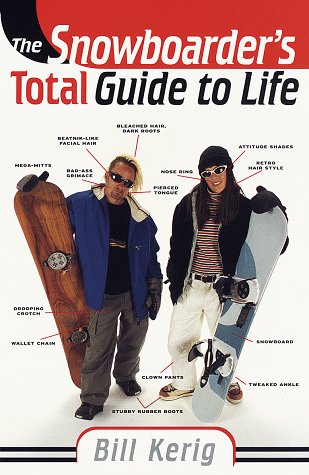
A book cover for The Snowboarder's Total Guide to Life; William Kerig; Sports & Outdoors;